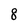
Character: 8